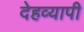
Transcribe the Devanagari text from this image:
देहव्यापी